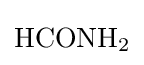
{\mathrm {HCONH} {\vphantom {A}}_{\smash[{t}]{2}}}